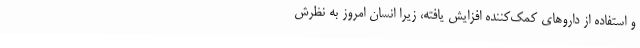
و استفاده از داروهای کمک‌کننده افزایش یافته، زیرا انسان امروز به نظرش